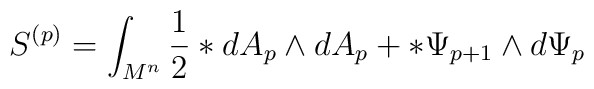
S^{(p)} = \int_{M^{n}}^{ } { 1 \over 2} \ast dA_{p} \wedge dA_{p} +\ast \Psi_{p+1} \wedge d \Psi_{p}